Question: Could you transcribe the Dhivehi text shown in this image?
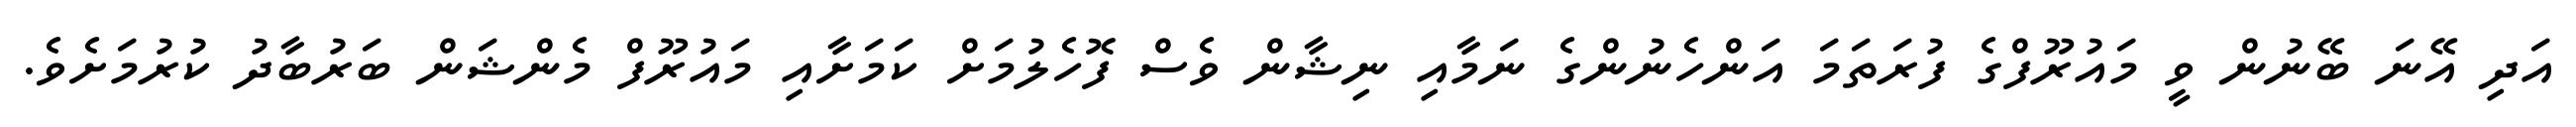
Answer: އަދި އޭނަ ބޭނުން ވީ މައުރޫފްގެ ފުރަތަމަ އަންހެނުންގެ ނަމާއި ނިޝާން ވެސް ފޮހެލުމަށް ކަމަށާއި މައުރޫފް މެންޝަން ބަރުބާދު ކުރުމަށެވެ.